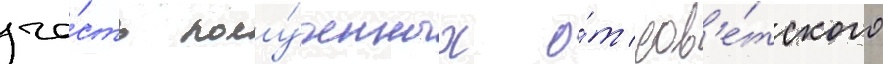
ча́сть полу́ченных о́т сов'е́тского